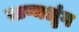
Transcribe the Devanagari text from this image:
ऋष्यश्रृंग